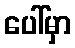
ပေါ်မှာ